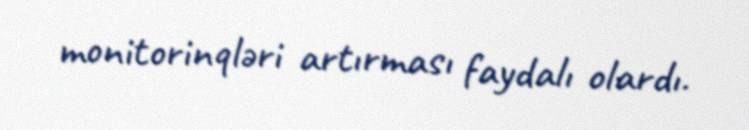
monitorinqləri artırması faydalı olardı.